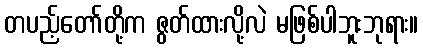
တပည့်တော်တို့က ဇွတ်ထားလို့လဲ မဖြစ်ပါဘူးဘုရား။